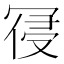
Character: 𭁾